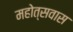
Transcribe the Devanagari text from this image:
महोत्सवास